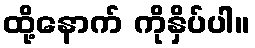
ထို့နောက် ကိုနှိပ်ပါ။